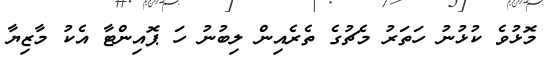
މޮޅުވެ ކުޅުނު ހަތަރު މެޗުގެ ތެރެއިން ލިބުނު ހަ ޕޮއިންޓާ އެކު މާޒިޔާ